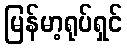
မြန်မာ့ရုပ်ရှင်